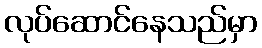
လုပ်ဆောင်နေသည်မှာ